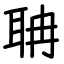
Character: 聃